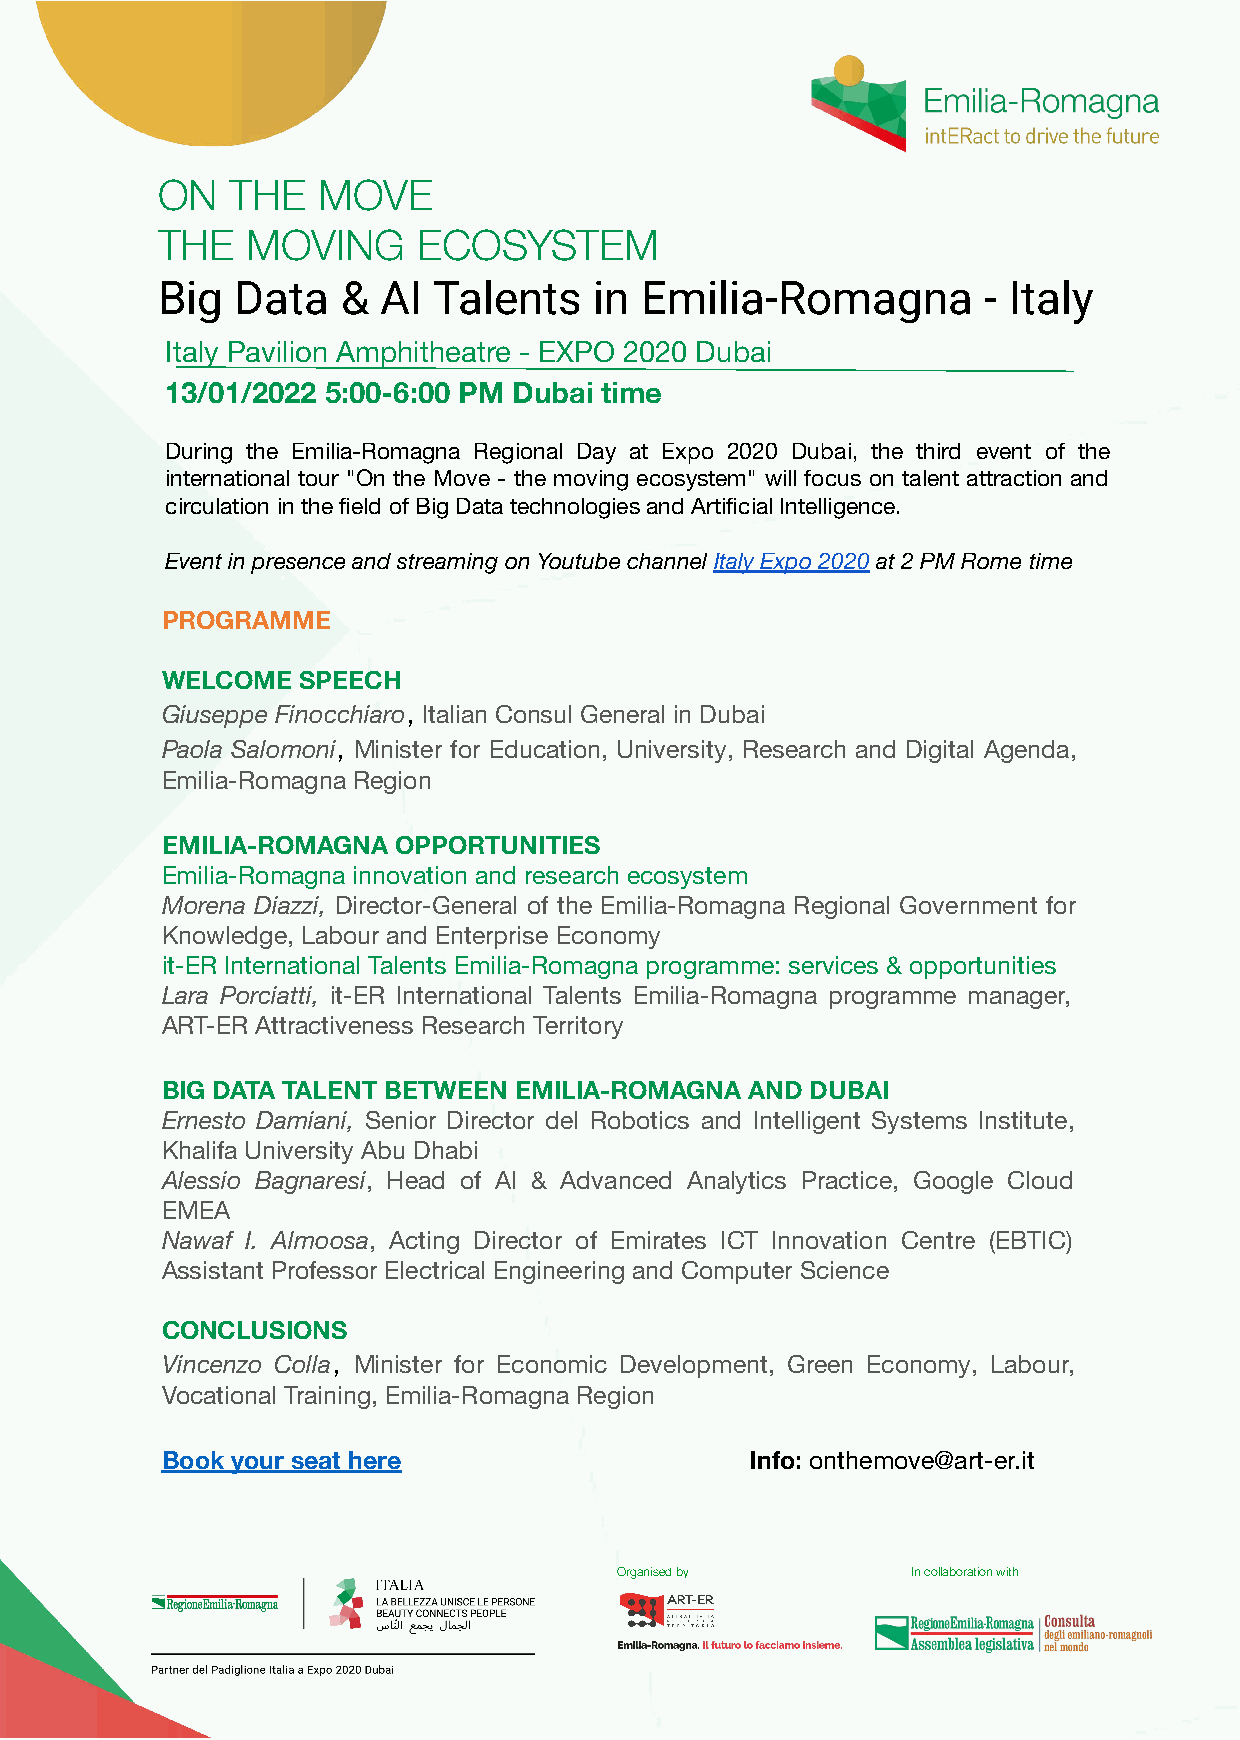
ON   THE   MOVE
 THE   MOVING      ECOSYSTEM
 Big   Data   & AI  Talents   in Emilia-Romagna         - Italy
 Italy Pavilion Amphitheatre - EXPO 2020 Dubai
 13/01/2022 5:00-6:00 PM Dubai time
 During the Emilia-Romagna Regional Day at Expo 2020 Dubai, the third event of the
 international tour "On the Move - the moving ecosystem" will focus on talent attraction and
 circulation in the field of Big Data technologies and Artificial Intelligence.
 Event in presence and streaming on Youtube channel Italy Expo 2020 at 2 PM Rome time
 PROGRAMME
 WELCOME  SPEECH
 Giuseppe Finocchiaro, Italian Consul General in Dubai
 Paola Salomoni, Minister for Education, University, Research and Digital Agenda,
 Emilia-Romagna Region
 EMILIA-ROMAGNA OPPORTUNITIES
 Emilia-Romagna innovation and research ecosystem
 Morena Diazzi, Director-General of the Emilia-Romagna Regional Government for
 Knowledge, Labour and Enterprise Economy
 it-ER International Talents Emilia-Romagna programme: services & opportunities
 Lara Porciatti, it-ER International Talents Emilia-Romagna programme manager,
 ART-ER Attractiveness Research Territory
 BIG DATA TALENT BETWEEN EMILIA-ROMAGNA AND DUBAI
 Ernesto Damiani, Senior Director del Robotics and Intelligent Systems Institute,
 Khalifa University Abu Dhabi
 Alessio Bagnaresi, Head of AI & Advanced Analytics Practice, Google Cloud
 EMEA
 Nawaf I. Almoosa, Acting Director of Emirates ICT Innovation Centre (EBTIC)
 Assistant Professor Electrical Engineering and Computer Science
 CONCLUSIONS
 Vincenzo Colla, Minister for Economic Development, Green Economy, Labour,
 Vocational Training, Emilia-Romagna Region
 Book your seat here                    Info: onthemove@art-er.it
 Organised by       In collaboration with